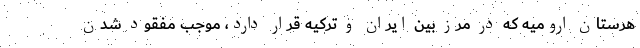
هرستان ارومیه که در مرز بین ایران و ترکیه قرار دارد، موجب مفقود شدن